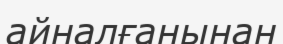
айналғанынан